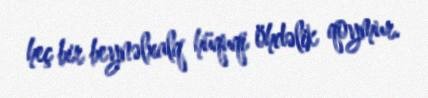
heç bir beynəlxalq hüquqi öhdəlik qoymur.